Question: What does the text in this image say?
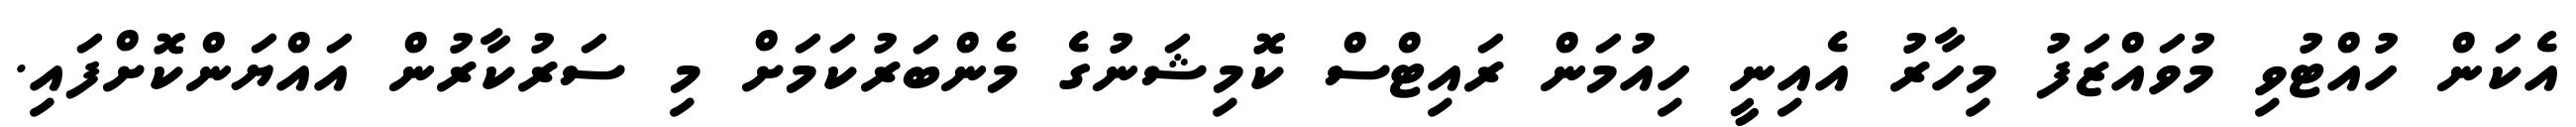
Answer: އެކަން ހުއްޓުވި މުވައްޒަފު މިހާރު އެއިނީ ހިއުމަން ރައިޓްސް ކޮމިޝަނުގެ މެންބަރުކަމަށް މި ސަރުކާރުން އައްޔަންކޮށްފައި.